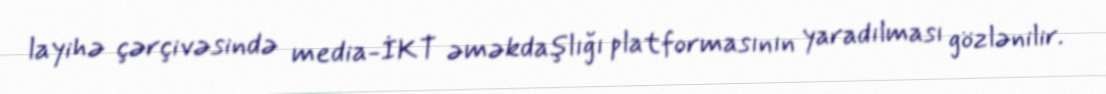
layihə çərçivəsində media-İKT əməkdaşlığı platformasının yaradılması gözlənilir.